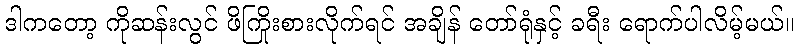
ဒါကတော့ ကိုဆန်းလွင် ဖိကြိုးစားလိုက်ရင် အချိန် တော်ရုံနှင့် ခရီး ရောက်ပါလိမ့်မယ်။